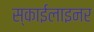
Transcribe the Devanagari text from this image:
स्काईलाइनर